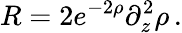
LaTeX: R=2e^{-2\rho}\partial_{z}^{2}\rho\, .